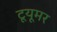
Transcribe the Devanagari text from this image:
टूयूमर